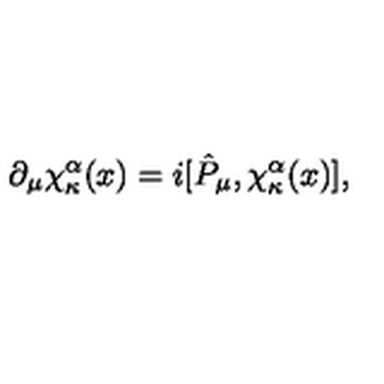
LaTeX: \partial _ { \mu } \chi _ { \kappa } ^ { \alpha } ( x ) = i [ \hat { P } _ { \mu } , \chi _ { \kappa } ^ { \alpha } ( x ) ] ,